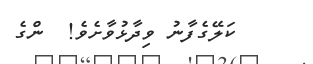
ކަލޭގެފާނު ވިދާޅުވާށެވެ!  ންގެ